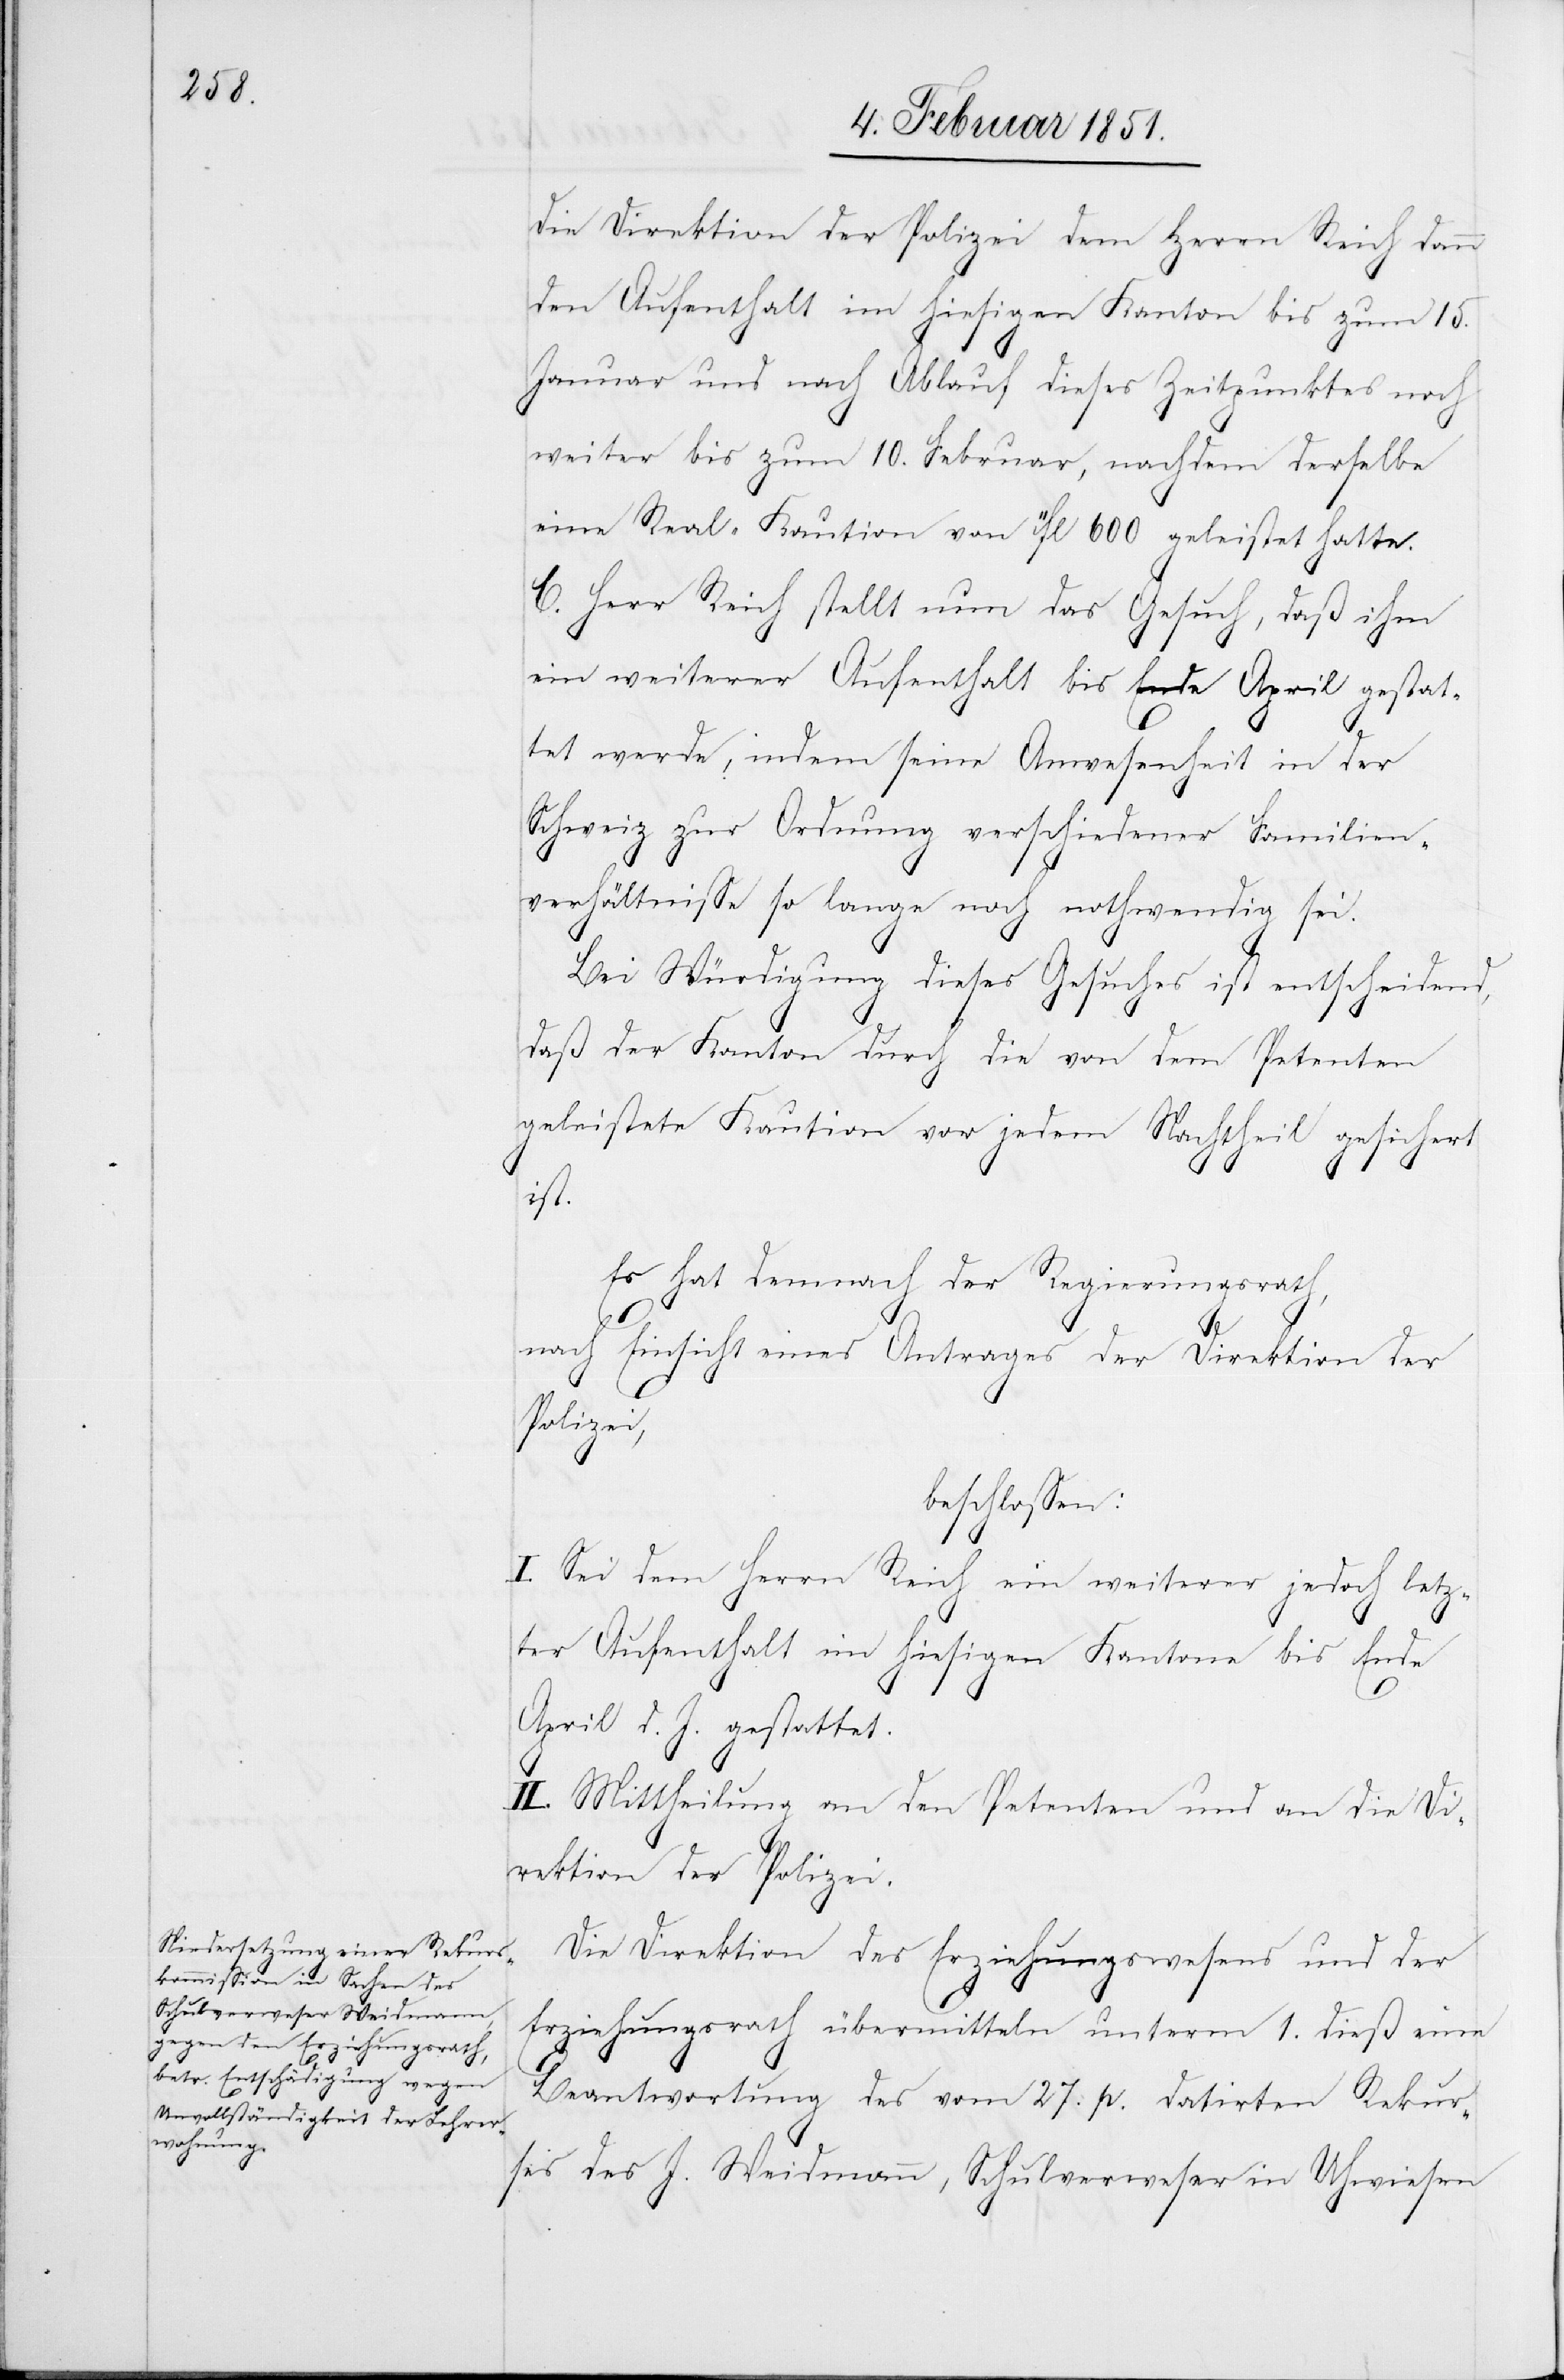
die Direktion der Polizei dem Herrn Reich dann
den Aufenthalt im hiesigen Kanton bis zum 15.
Januar und nach Ablauf dieses Zeitpunktes noch
weiter bis zum 10. Februar, nachdem derselbe
eine Real-Kaution von fl 600 geleistet hatte.
C. Herr Reich stellt nun das Gesuch, daß ihm
ein weiterer Aufenthalt bis Ende April gestat¬
tet werde, indem seine Anwesenheit in der
Schweiz zur Ordnung verschiedener Familien¬
verhältnisse so lange noch nothwendig sei.
Bei Würdigung dieses Gesuches ist entscheidend,
daß der Kanton durch die von dem Petenten
geleistete Kaution vor jedem Nachtheil gesichert
ist.
Es hat demnach der Regierungsrath,
nach Einsicht eines Antrages der Direktion der
Polizei,
beschlossen:
I. Sei dem Herrn Reich ein weiterer jedoch letz¬
ter Aufenthalt im hiesigen Kantone bis Ende
April d. J. gestattet.
II. Mittheilung an den Petenten und an die Di¬
rektion der Polizei.
Die Direktion des Erziehungswesens und der
Erziehungsrath übermitteln unterm 1. dieß eine
Beantwortung des vom 27. p. datirten Rekur¬
ses des J. Weidmann, Schulverweser in Uhwiesen